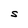
Character: S